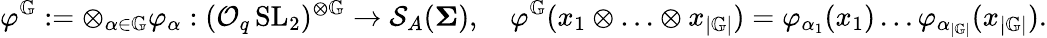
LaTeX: \varphi^{\mathbb{G}}:=\otimes_{\alpha\in\mathbb{G}}\varphi_{\alpha}:(\mathcal{O}_{q}\operatorname{SL}_{2})^{\otimes\mathbb{G}}\to\mathcal{S}_{A}(\mathbf{\Sigma}),\quad\varphi^{\mathbb{G}}(x_{1}\otimes\ldots\otimes x_{|\mathbb{G}|})=\varphi_{\alpha_{1}}(x_{1})\ldots\varphi_{\alpha_{|\mathbb{G}|}}(x_{|\mathbb{G}|}).